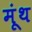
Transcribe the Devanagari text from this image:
मूंथ